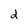
Character: d